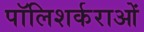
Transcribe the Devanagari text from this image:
पॉलिशर्कराओं